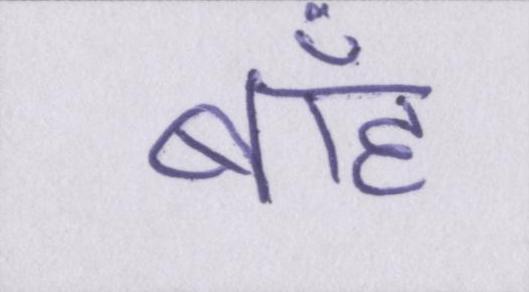
बाँह